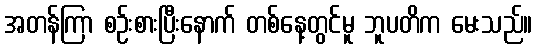
အတန်ကြာ စဉ်းစားပြီးနောက် တစ်နေ့တွင်မူ ဘူပတိက မေးသည်။